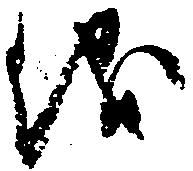
儀